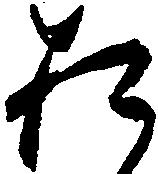
お